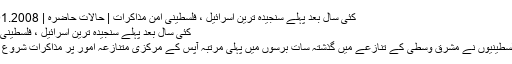
کئی سال بعد پہلے سنجیدہ ترین اسرائیل ، فلسطینی امن مذاکرات | حالات حاضرہ | DW | 14.01.2008
کئی سال بعد پہلے سنجیدہ ترین اسرائیل ، فلسطینی امن مذاکرات
اسرائیل اور فلسطینیوں نے مشرق وسطیٰ کے تنازعے میں گذشتہ سات برسوں میں پہلی مرتبہ آپس کے مرکزی متنازعہ امور پر مذاکرات شروع کر دیئے ہیں۔